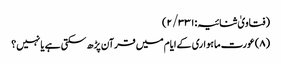
(فتاویٰ ثنائیہ:۲/۳۳۱)
(۸) عورت ماہواری کےایام میں قرآن پڑھ سکتی ہے یا نہیں؟